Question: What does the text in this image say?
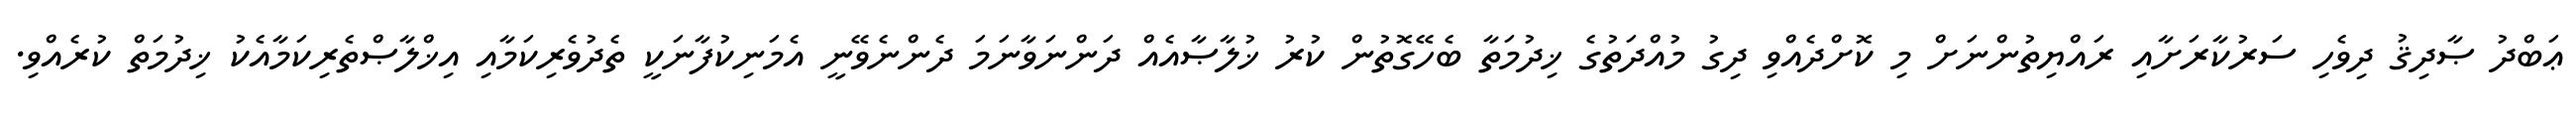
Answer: ޢަބްދު ޞާދިޤު ދިވެހި ސަރުކާރަށާއި ރައްޔިތުންނަށް މި ކޮށްދެއްވި ދިގު މުއްދަތުގެ ޚިދުމަތާ ބެހޭގޮތުން ކުރު ޚުލާޞާއެއް ދަންނަވާނަމަ ދެންނެވޭނީ އެމަނިކުފާނަކީ ތެދުވެރިކަމާއި އިޚްލާޞްތެރިކަމާއެކު ޚިދުމަތް ކުރެއްވި.